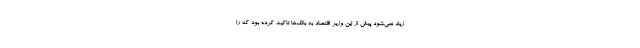
زیاد نمی‌شود پیش از این وزیر اقتصاد به بانک‌ها تاکید کرده بود که را